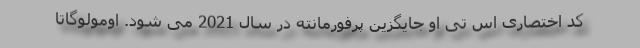
کد اختصاری اس تی او جایگزین پرفورمانته در سال 2021 می شود. اومولوگاتا